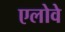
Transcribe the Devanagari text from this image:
एलोवे